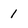
Character: 1